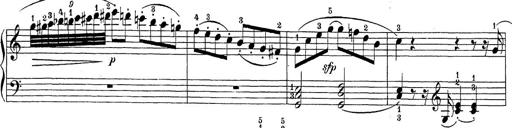
Title: Sonatina Album
Composer: Louis KÃ¶hler